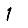
Digit: 1